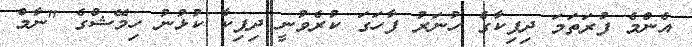
އެންމެ ފުރަތަމަ ދިޕިކާގެ ހުނަރު ފާހަގަ ކުރެވުނީ ދިޕިކާ ކުޅުނު ހިމޭޝްގެ "ނާމް